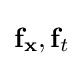
\mathbf {f} _{\mathbf {x} },\mathbf {f} _{t}